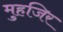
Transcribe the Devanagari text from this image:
मुहजिर